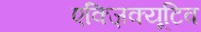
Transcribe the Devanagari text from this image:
एक्ज़िक्यूटिव